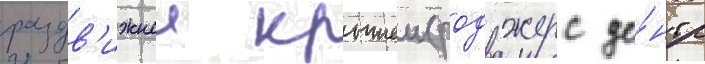
раздв'ижнои крышеи (роджерс це́нтр